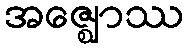
အဇ္ဈောဿ